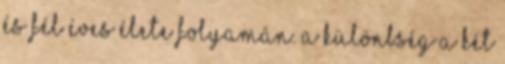
és fél éves élete folyamán. A különbség a két